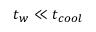
t _ { w } \ll t _ { c o o l }